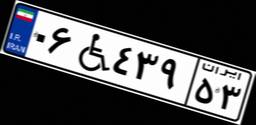
۸۹W۷۹۶۴۲